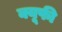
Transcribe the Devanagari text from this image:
क्यूफी